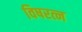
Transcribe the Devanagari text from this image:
विषरत्न